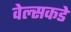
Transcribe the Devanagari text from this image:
वेल्सकडे